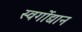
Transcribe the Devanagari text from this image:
स्वर्गोद्यान